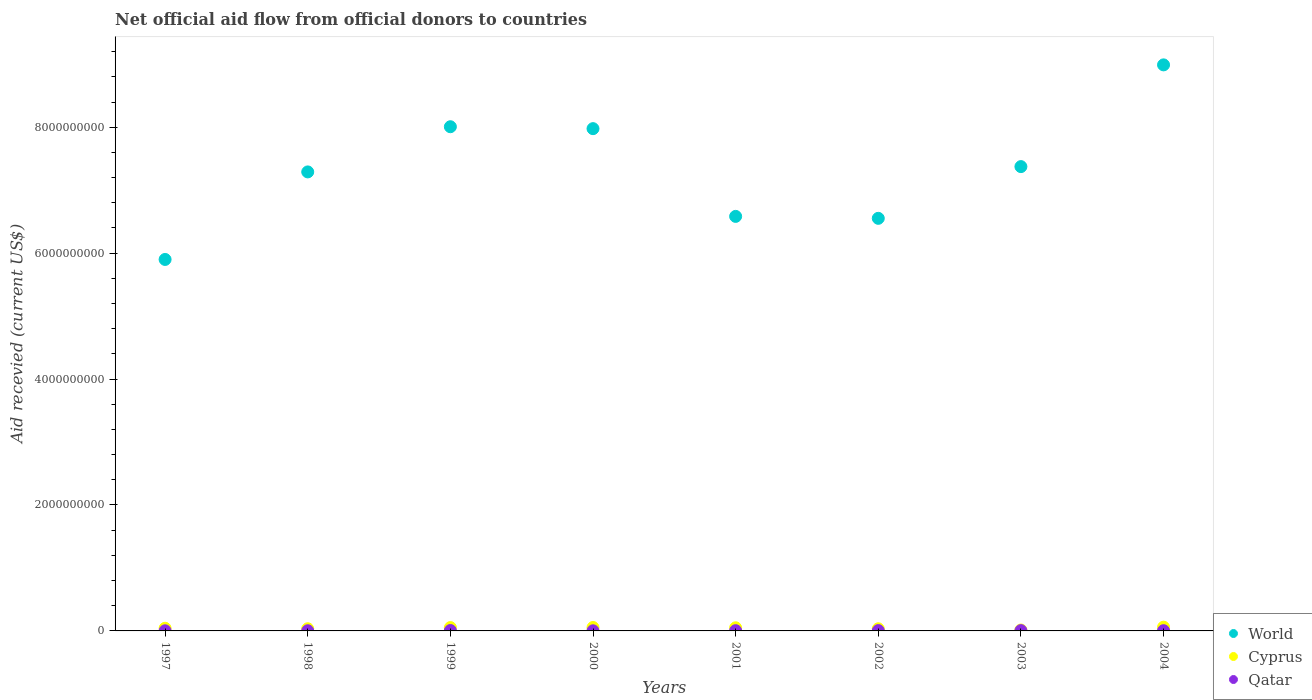
| Years | World | Cyprus | Qatar |
 | --- | --- | --- | --- |
 | 1997 | 5.9e+09 | 4.22e+07 | 2.06e+06 |
 | 1998 | 7.29e+09 | 3.45e+07 | 2.66e+06 |
 | 1999 | 8.01e+09 | 5.33e+07 | 6.34e+06 |
 | 2000 | 7.98e+09 | 5.44e+07 | 1.94e+06 |
 | 2001 | 6.58e+09 | 4.97e+07 | 3.91e+06 |
 | 2002 | 6.55e+09 | 3.42e+07 | 5.02e+06 |
 | 2003 | 7.37e+09 | 1.44e+07 | 4.82e+06 |
 | 2004 | 8.99e+09 | 5.99e+07 | 3.63e+06 |